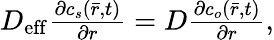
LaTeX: \begin{array}{r}{D_{\mathrm{eff}}\frac{\partial c_{s}(\bar{r},t)}{\partial r}=D\frac{\partial c_{o}(\bar{r},t)}{\partial r},}\end{array}